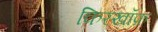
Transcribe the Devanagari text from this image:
किरखॉफ़